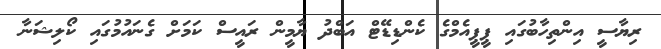
ރިޔާސީ އިންތިހާބުގައި ޕީޕީއެމްގެ ކެންޑިޑޭޓް އަބްދު ޔާމީން ރައީސް ކަމަށް ގެނައުމުގައި ކޯލިޝަނާ